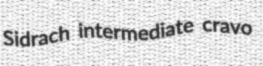
Sidrach intermediate cravo